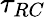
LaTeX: \tau_{RC}